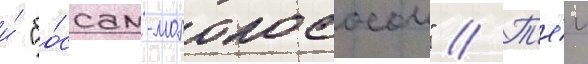
и́ "бо́ссом-молокососом" // Т'е́м